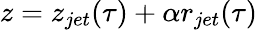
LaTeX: z=z_{jet}(\tau)+\alpha r_{jet}(\tau)